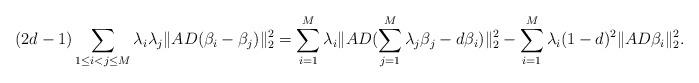
LaTeX: \begin{align*}(2d-1)\sum_{1\leq i<j\leq M}\lambda_i\lambda_j\|AD(\beta_i-\beta_j)\|_2^2=\sum_{i=1}^{M}\lambda_i\|AD(\sum_{j=1}^{M}\lambda_j\beta_j-d\beta_i)\|_2^2-\sum_{i=1}^{M}\lambda_i(1-d)^2\|AD\beta_i\|_2^2.\end{align*}